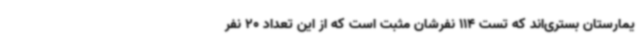
یمارستان بستری‌اند که تست 114 نفرشان مثبت است که از این تعداد 20 نفر